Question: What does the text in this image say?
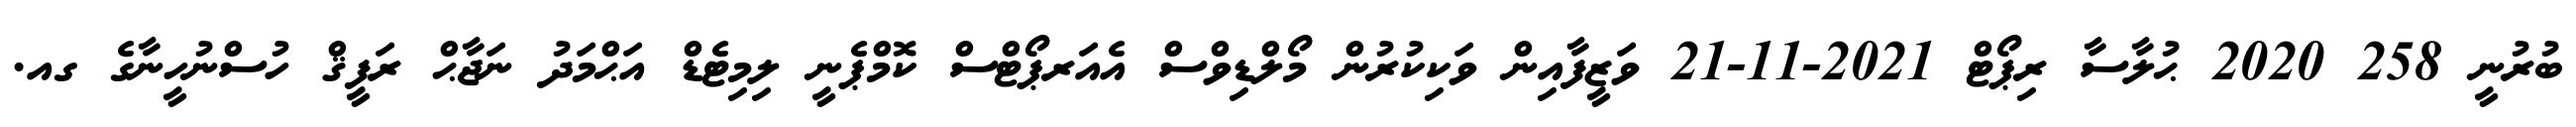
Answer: ބުރުނީ 258 2020 ޙުލާސާ ރިޕޯޓް 2021-11-21 ވަޒީފާއިން ވަކިކުރުން މޯލްޑިވްސް އެއަރޕޯޓްސް ކޮމްޕެނީ ލިމިޓެޑް އަޙްމަދު ނަޖާޙް ރަފީޤް ހުސްނުހީނާގެ ގއ.